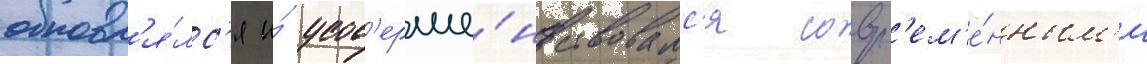
обновл'я́лс'я и́ усов'ерше́нствовалс'я совр'ем'е́нным'и